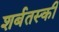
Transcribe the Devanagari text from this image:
शर्बतस्की